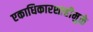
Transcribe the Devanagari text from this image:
एकाधिकारशाहीमुळे